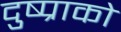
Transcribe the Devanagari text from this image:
दुष्प्राको